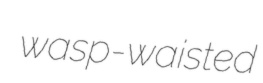
wasp-waisted